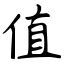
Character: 值